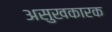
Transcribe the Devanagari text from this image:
असुखकारक